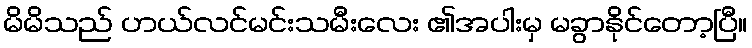
မိမိသည် ဟယ်လင်မင်းသမီးလေး ၏အပါးမှ မခွာနိုင်တော့ပြီ။